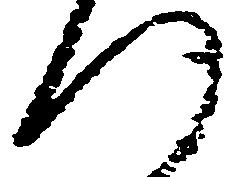
つ